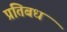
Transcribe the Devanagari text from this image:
प्रतिबध